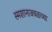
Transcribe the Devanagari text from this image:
स्मशानाजवळच्या